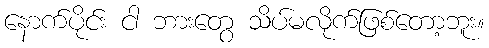
နောက်ပိုင်း ငါ ဘားတွေ သိပ်မလိုက်ဖြစ်တော့ဘူး။